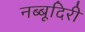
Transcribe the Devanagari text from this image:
नब्‍बूदिरी